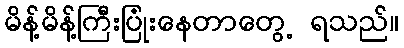
မိန့်မိန့်ကြီးပြုံးနေတာတွေ့ ရသည်။